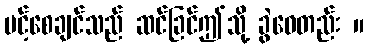
ပင့်စေချင်သည် ဆင်ခြင်ဤသို့ ခွဲဝေတည်း ။